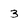
Character: 3